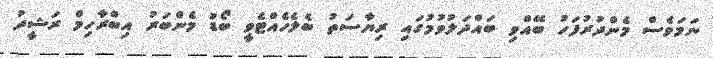
ނަމަވެސް މެންދުރުފަހު ބޭއްވި ބައްދަލުވުމުގައި ރިޔާސަތު ބެލެހެއްޓެވީ ބޯޑު މެންބަރު އިބްރާހިމް ރަޝީދު